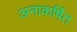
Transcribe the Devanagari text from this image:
अनाकर्षित